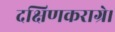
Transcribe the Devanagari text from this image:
दक्षिणकराग्रे।